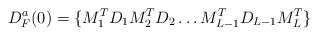
\begin{align*}D^a_F(0) = \{M_1^T D_1 M_2^TD_2 \ldots M_{L-1}^T D_{L-1} M_L^T\}\end{align*}